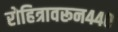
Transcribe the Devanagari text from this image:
रोहित्रावरून४४०